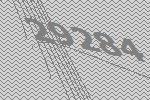
29284